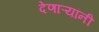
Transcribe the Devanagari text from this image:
देणाऱ्यांनी